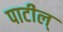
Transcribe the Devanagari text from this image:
पाटील्